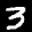
Label: 3